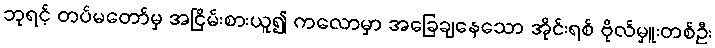
ဘုရင့် တပ်မတော်မှ အငြိမ်းစားယူ၍ ကလောမှာ အခြေချနေသော အိုင်းရစ် ဗိုလ်မှူးတစ်ဦး